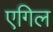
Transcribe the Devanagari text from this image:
एगिल